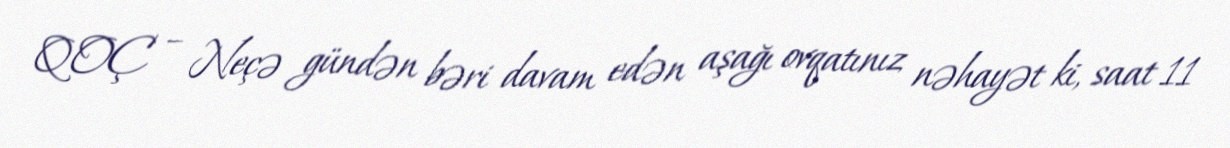
QOÇ – Neçə gündən bəri davam edən aşağı ovqatınız nəhayət ki, saat 11